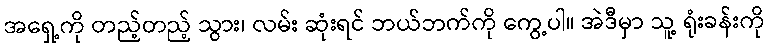
အရှေ့ကို တည့်တည့် သွား၊ လမ်း ဆုံးရင် ဘယ်ဘက်ကို ကွေ့ပါ။ အဲဒီမှာ သူ့ ရုံးခန်းကို